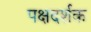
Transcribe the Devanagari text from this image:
पक्षदर्शक